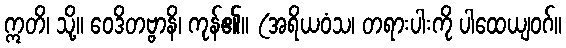
ဣတိ၊ သို့။ ဝေဒိတဗ္ဗာနိ၊ ကုန်၏။ (အရိယဝံသ၊ တရားပါးကို ပါထေယျဝဂ်။